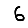
Digit: 6